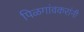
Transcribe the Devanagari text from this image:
पिळगांवकरांनी